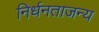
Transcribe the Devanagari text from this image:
निर्धनताजन्य